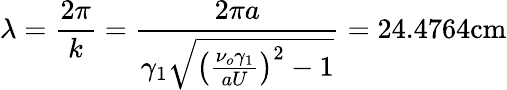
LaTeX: \lambda=\frac{2\pi}{k}=\frac{2\pi a}{\gamma_{1}\sqrt{\left(\frac{\nu_{o}\gamma_{1}}{aU}\right)^{2}-1}}=24.4764\textrm{cm}